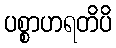
ပစ္စာဟရတိပိ